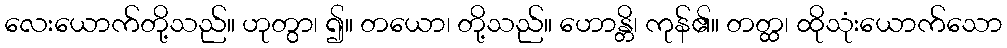
လေးယောက်တို့သည်။ ဟုတွာ၊ ၍။ တယော၊ တို့သည်။ ဟောန္တိ၊ ကုန်၏။ တတ္ထ၊ ထိုသုံးယောက်သော